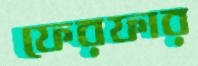
ফেরফার